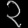
Digit: ၃